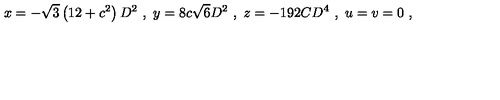
x = - \sqrt { 3 } \left( 1 2 + c ^ { 2 } \right) D ^ { 2 } \ , \ y = 8 c \sqrt { 6 } D ^ { 2 } \ , \ z = - 1 9 2 C D ^ { 4 } \ , \ u = v = 0 \ ,